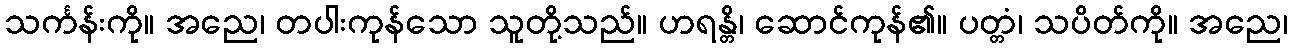
သင်္ကန်းကို။ အညေ၊ တပါးကုန်သော သူတို့သည်။ ဟရန္တိ၊ ဆောင်ကုန်၏။ ပတ္တံ၊ သပိတ်ကို။ အညေ၊